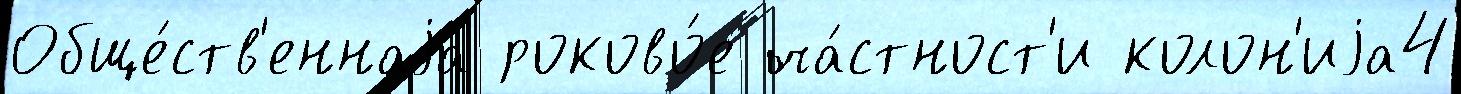
Обще́ств'еннаjа роково́е ча́стност'и колон'иjа4